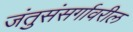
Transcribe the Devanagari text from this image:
जंतुसंसर्गावरील